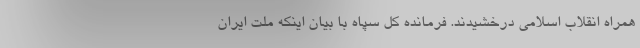
همراه انقلاب اسلامی درخشیدند. فرمانده کل سپاه با بیان اینکه ملت ایران